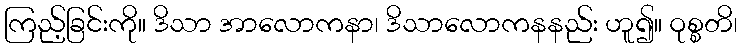
ကြည့်ခြင်းကို။ ဒိသာ အာလောကနာ၊ ဒိသာလောကနနည်း ဟူ၍။ ဝုစ္စတိ၊